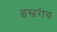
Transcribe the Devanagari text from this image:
इस्वरीय